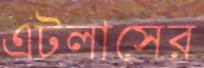
এটলাসের